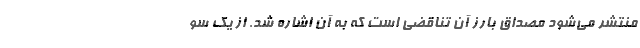
منتشر مي‌شود مصداق بارز آن تناقضي است كه به آن اشاره شد. از يك سو